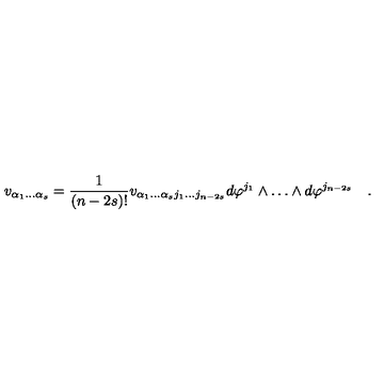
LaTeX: v _ { \alpha _ { 1 } \dots \alpha _ { s } } = { \frac { 1 } { ( n - 2 s ) ! } } v _ { \alpha _ { 1 } \dots \alpha _ { s } j _ { 1 } \dots j _ { n - 2 s } } d \varphi ^ { j _ { 1 } } \wedge \dots \wedge d \varphi ^ { j _ { n - 2 s } } \quad .